Burma Government Medical School reports 1923-41
Year: 1923
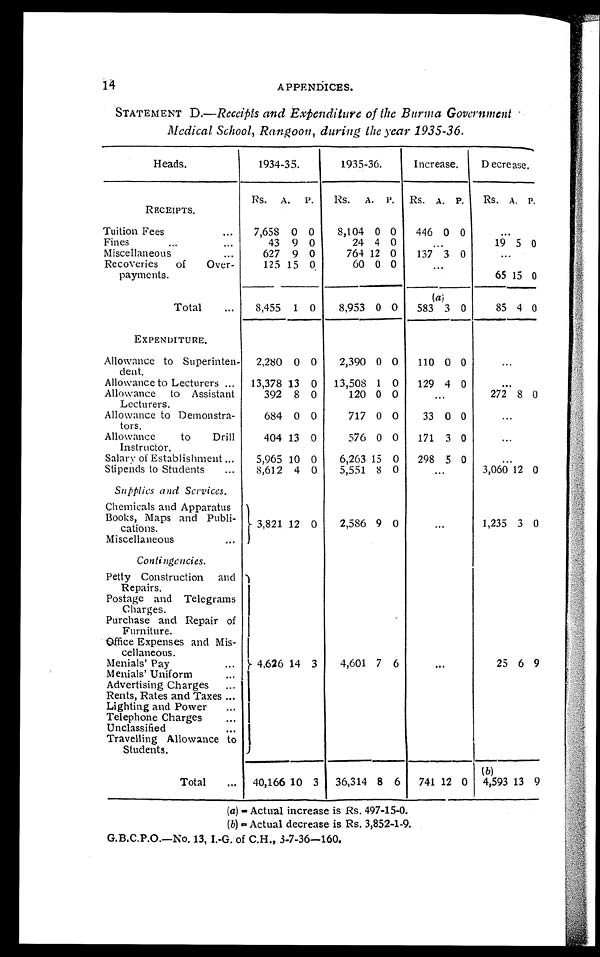
14
APPENDICES.
STATEMENT D.—Receipts and Expenditure of the Burma Government
Medical School, Rangoon, during the year 1935-36.
Heads.
1934-35.
1935-36.
Increase,
D ecrease.
Rs. A. P.
Rs. A. P. Rs. A. P.
Rs. A. P.
RECEIPTS.
Tuition Fees
...
7,658 0 0
8,104 0 0
446 0 0
...
Fines
...
...
43 9 0
24 4 0
...
19 5 0
Miscellaneous
...
627 9 0
764 12 0
137 3 0
...
Recoveries of
Over-
payments.
125 15 0
60 0 0
...
65 15 0
Total
...
8,455 1 0
8,953 0 0 583
(a)
3 0
85 4 0
EXPENDITURE.
Allowance to Superinten-
dent.
2,280 0 0
2,390 0 0
110 0 0
...
Allowance to Lecturers ... 13,378 13 0 13,508 1 0 129 4 0
...
Allowance to Assistant
Lecturers.
392 8 0
120 0 0
...
272 8 0
Allowance to Demonstra-
tors.
684 0 0
717 0 0
33 0 0
...
Allowance
to
Drill
Instructor.
404 13 0
576 0 0
171 3 0
Salary of Establishment ...
5,965 10 0
6,263 15 0 298 5 0
. . .
Stipends to Students
...
8,612 4 0
5,551 8 0
. .
.
3,060 12 0
Supplies and Services.
Chemicals and Apparatus
Books, Maps and Publi-
cations.
Miscellaneous
...
3, 821 12 0
2,586 9 0
...
1,235 3 0
Contingencies.
Petty Construction and
Repairs.
Postage and Telegrams
Charges.
Purchase and Repair of
Furniture.
-Office Expenses and Mis-
cellaneous.
Menials' Pay
...
4,626 14 3
4,601 7 6
...
25 6 9
Menials' Uniform
Advertising Charges
:::
Rents, Rates and Taxes ...
Lighting and Power
...
Telephone Charges
...
Unclassified
...
Travelling Allowance to
Students.
Total
... 40,166 10 3 36,314 8 6 741 12 0
(b)
4,593 13 9
(a)
- A c t u a l i n c r e a s e i s R s . 4 9 7 - 1 5 - 0 .
(b)
- A c t u a l d e c r e a s e
i s
R s . 3 , 8 5 2 - 1 - 9 .
G.B.C.P.O.—No. 13, I.-G. of C.H., 3-7-36-160.